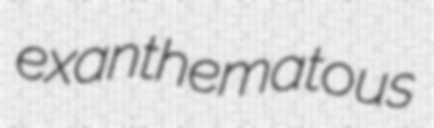
exanthematous